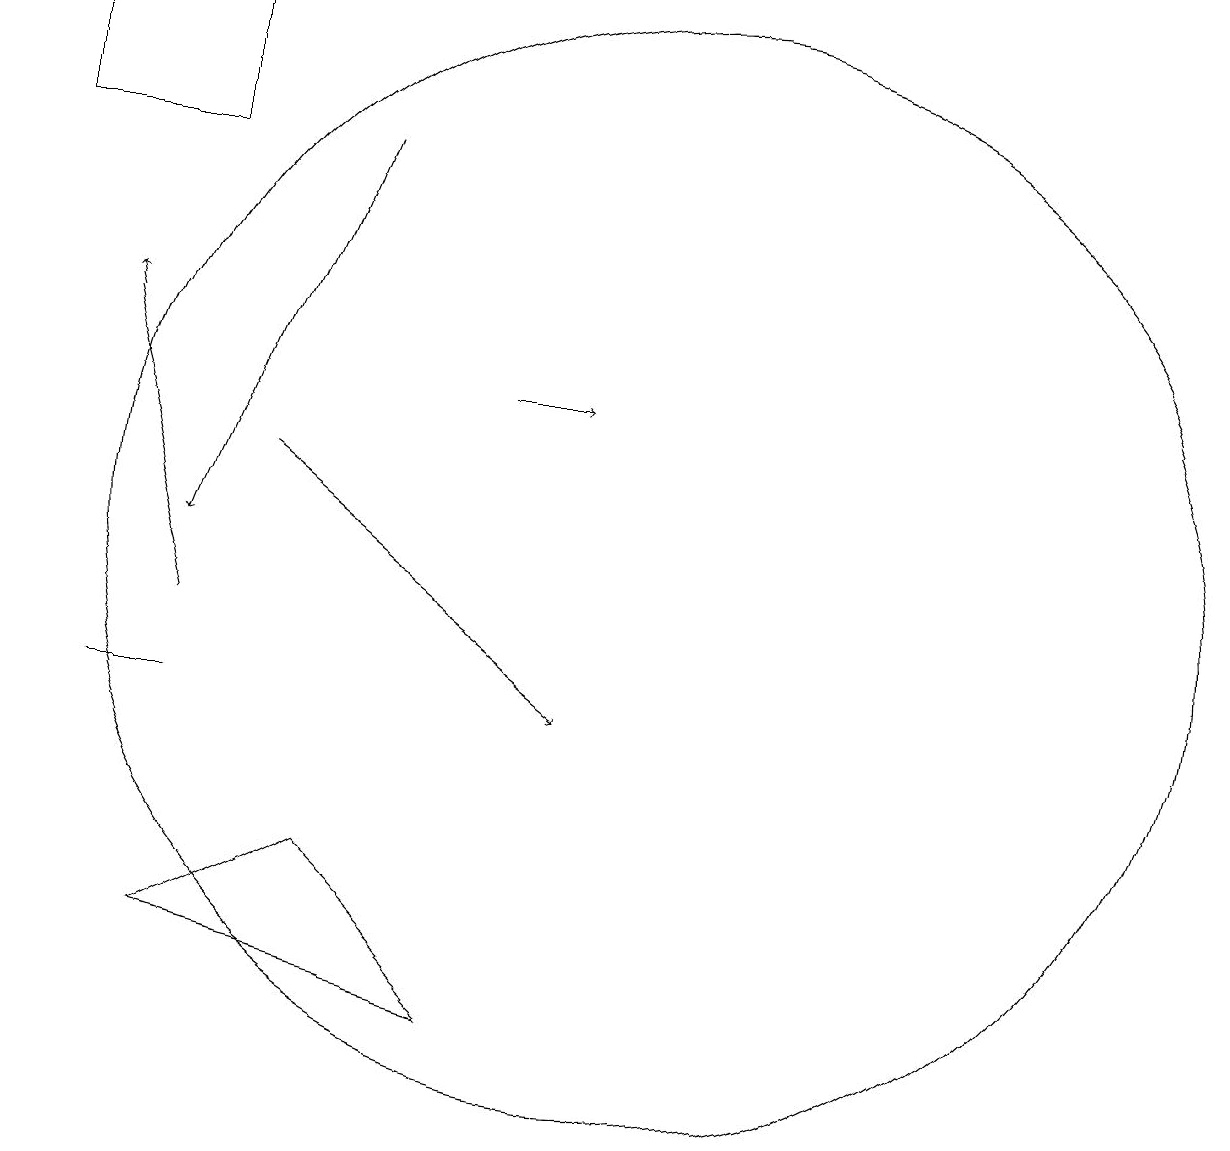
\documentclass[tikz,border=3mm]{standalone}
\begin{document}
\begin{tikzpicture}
\draw[->] (6,17) -- (4,12);
\draw[->] (8,14) -- (9,14);
\draw[->] (4,11) -- (3,15);
\draw[->] (5,13) -- (9,10);
\draw (2,17) rectangle (4,19);
\draw (4,10) rectangle (3,10);
\draw (10,12) circle (7);
\draw (6,8) -- (8,6) -- (4,7) -- cycle;
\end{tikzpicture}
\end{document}